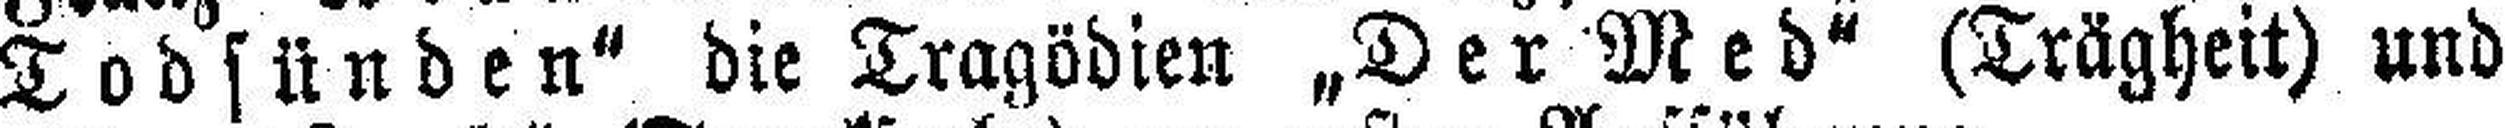
Todsünden" die Tragödien „Der Med“ (Trägheit) und